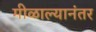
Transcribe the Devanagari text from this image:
मीळाल्यानंतर